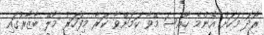
ރޯދަ މަހަށް އެންމެ ހާއްސަ މޭވާ ކަމަށްވާ ކަރާ މިފަހަރު މާލޭ ބާޒާރުގައި